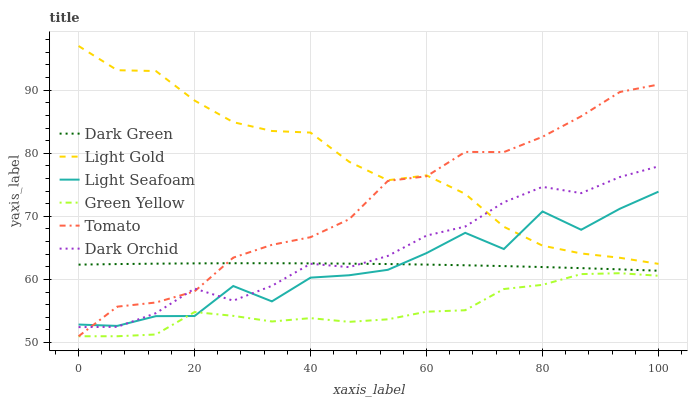
| xaxis_label | Dark Green | Light Gold | Light Seafoam | Green Yellow | Tomato | Dark Orchid |
 | --- | --- | --- | --- | --- | --- | --- |
 | 0 | 62.4 | 97 | 52.9 | 51 | 51 | 52.4 |
 | 6.67 | 62.4 | 93.2 | 52.6 | 51 | 55.7 | 52.5 |
 | 13.3 | 62.5 | 93 | 54.2 | 51.3 | 56.4 | 54.7 |
 | 20 | 62.5 | 88.4 | 54.2 | 54.8 | 58.1 | 58.6 |
 | 26.7 | 62.6 | 84.9 | 59 | 54.2 | 63.5 | 56.6 |
 | 33.3 | 62.6 | 83.5 | 56.5 | 53.3 | 65.5 | 59 |
 | 40 | 62.6 | 83.3 | 60.3 | 53.9 | 66.7 | 62.5 |
 | 46.7 | 62.5 | 78.6 | 60.7 | 53.3 | 69.5 | 62 |
 | 53.3 | 62.4 | 75.7 | 61.5 | 53.7 | 75.6 | 63.7 |
 | 60 | 62.4 | 76.5 | 64.2 | 54.9 | 76.4 | 67 |
 | 66.7 | 62.2 | 73.6 | 67.4 | 55.1 | 80.2 | 68.4 |
 | 73.3 | 62.1 | 68.4 | 64.8 | 58.5 | 80.2 | 72.2 |
 | 80 | 62 | 65.4 | 70.8 | 59.1 | 82.6 | 74.7 |
 | 86.7 | 61.8 | 64.1 | 67.9 | 60.8 | 85.9 | 73.7 |
 | 93.3 | 61.6 | 63.4 | 71.2 | 61 | 89.7 | 76.2 |
 | 100 | 61.4 | 62.5 | 73.9 | 60.6 | 90.9 | 77.9 |